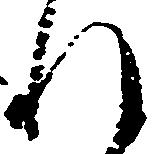
れ